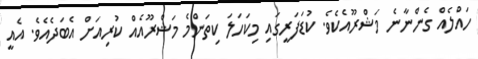
ހައްލެއް ގެންނާނެ މަޝްރޫއެކެވެ. ކުޑަފަރީގައި މިކަހަލަ ކިތަންމެ މަޝްރޫއެއް ކުރިއަށް އެބަދެއެވެ. އެއީ